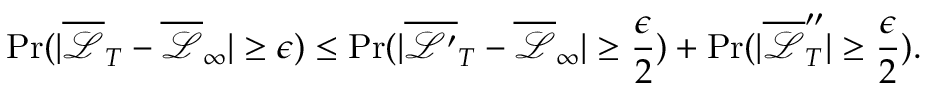
\operatorname* { P r } ( | \overline { { \mathcal { L } } } _ { T } - \overline { { \mathcal { L } } } _ { \infty } | \geq \epsilon ) \leq \operatorname* { P r } ( | \overline { { \mathcal { L } ^ { \prime } } } _ { T } - \overline { { \mathcal { L } } } _ { \infty } | \geq \frac { \epsilon } { 2 } ) + \operatorname* { P r } ( | \overline { { \mathcal { L } } } _ { T } ^ { \prime \prime } | \geq \frac { \epsilon } { 2 } ) .